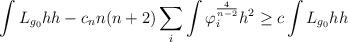
LaTeX: \begin{align*}\int L_{g_{0}}hh-c_{n}n(n+2)\sum_{i}\int\varphi_{i}^{\frac{4}{n-2}}h^{2}\geq c\int L_{g_{0}}hh\end{align*}